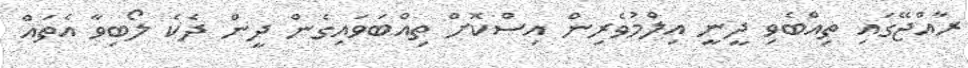
ރާއްޖޭގައި ތިއްބެވި ދީނީ އިލްމުވެރިން އިސްކޮށް ތިއްބަވައިގެން ދީން ދެކެ ލޯބިވާ އެތައް